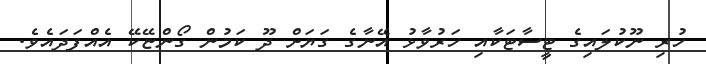
ހުރި ނޫކުލައިގެ ޓީސާޓަކާއި ހަރުވާޅު އޭނާގެ ގަޔަށް ދޫ ކަމުން ގޯންޏޭކޭ އެއްފަދައެވެ.